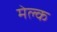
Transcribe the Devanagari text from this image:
मेल्क